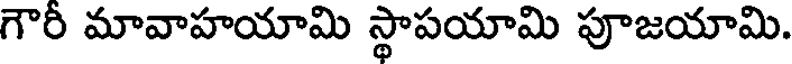
గౌరీ మావాహయామి స్థాపయామి పూజయామి.